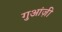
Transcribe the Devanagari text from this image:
गुआंज़ी